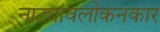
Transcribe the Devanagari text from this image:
नाट्यावलोकनकार